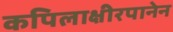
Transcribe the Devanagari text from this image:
कपिलाक्षीरपानेन